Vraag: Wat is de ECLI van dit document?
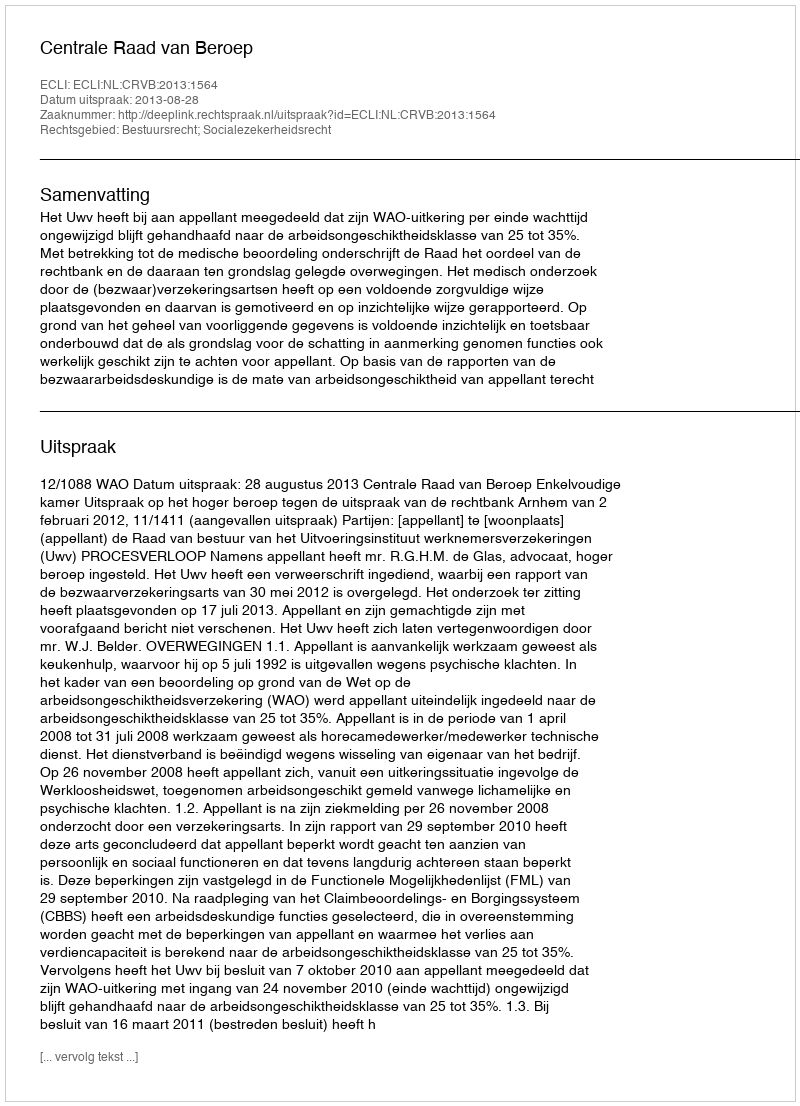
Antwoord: ECLI:NL:CRVB:2013:1564